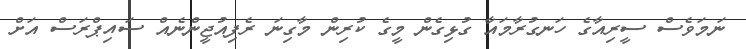
ނަމަވެސް ސީރިއާގެ ހަނގުރާމައާ ގުޅިގެން މީގެ ކުރިން މާގިނަ ރެފިއުޖީންނެއް ސައިޕްރަސް އަށް